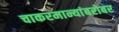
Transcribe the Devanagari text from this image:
चाकरमान्यांबरोबर